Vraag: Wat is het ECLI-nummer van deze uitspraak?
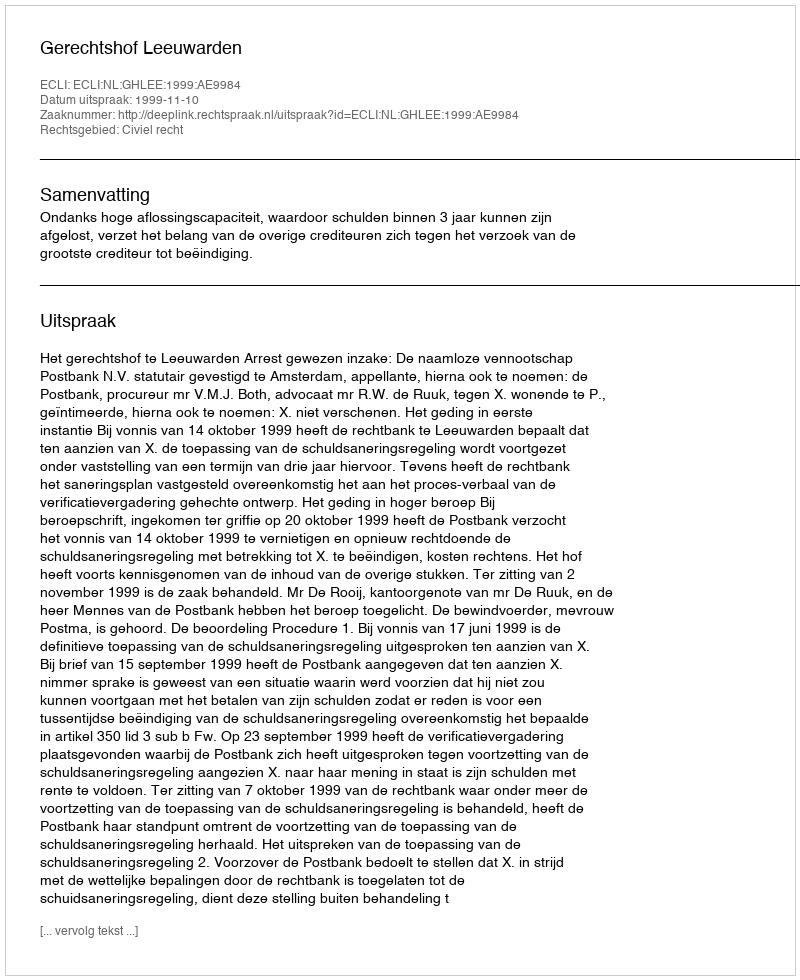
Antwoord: ECLI:NL:GHLEE:1999:AE9984